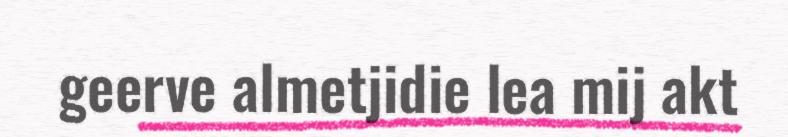
geerve almetjidie lea mij akt